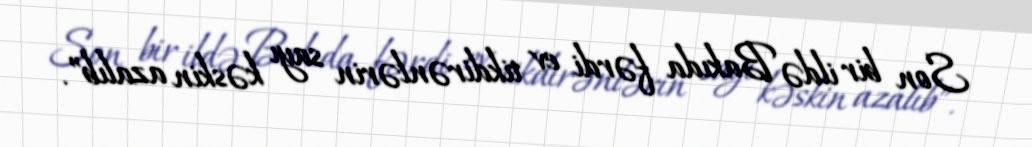
Son bir ildə Bakıda fərdi ev tikdirənlərin sayı kəskin azalıb”.